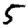
Digit: 5